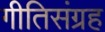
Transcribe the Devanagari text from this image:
गीतिसंग्रह